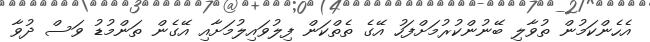
އެހެންކަމުން ތުވާލި ބޭނުންކުރުމަށްފަހު އޭގެ ތެތްކަން ފިލުވައިލުމަށާއި އޭގެން ތަންމުޑު ވަސް ދުވާ